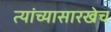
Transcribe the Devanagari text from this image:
त्यांच्यासारखेच